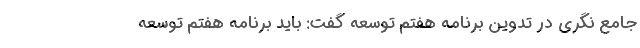
جامع نگری در تدوین برنامه هفتم توسعه گفت: باید برنامه هفتم توسعه